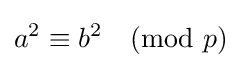
a^{2}\equiv b^{2}{\pmod {p}}